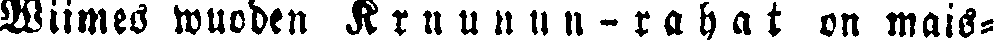
Wiimes wuoden K r u u n u n - r a h a t  on mais-